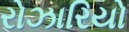
રોઝારિયો